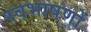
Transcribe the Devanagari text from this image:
स्वभाषणों